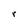
Character: r